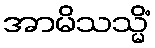
အာမိသသ္မိံ